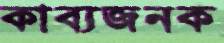
কাব্যজনক